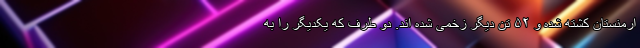
ارمنستان کشته شده و ۵۲ تن دیگر زخمی شده اند. دو طرف که یکدیگر را به